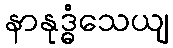
နာနုဒ္ဓံသေယျ